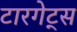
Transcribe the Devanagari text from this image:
टारगेट्स